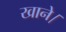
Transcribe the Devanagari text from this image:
खाने।